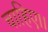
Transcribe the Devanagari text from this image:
चाहिए।।